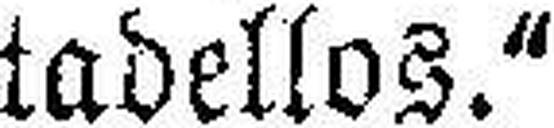
tadellos."